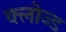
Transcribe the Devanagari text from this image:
क्‍लोज्‍ड